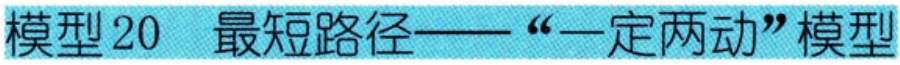
模型 20  最短路径——“一定两动”模型